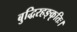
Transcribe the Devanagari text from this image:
बुद्धिरहङ्कृतिः।